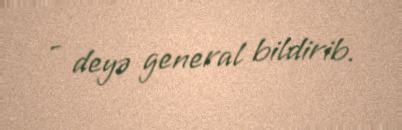
- deyə general bildirib.